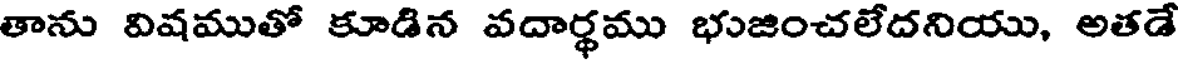
తాను విషముతో కూడిన వదార్థము భుజించలేదనియు, అతడే